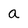
Character: a